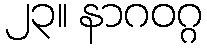
၂၃။ နာဂဝဂ္ဂ